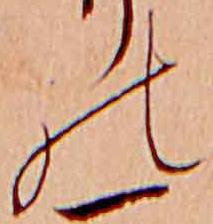
の